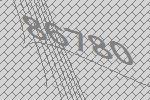
86780